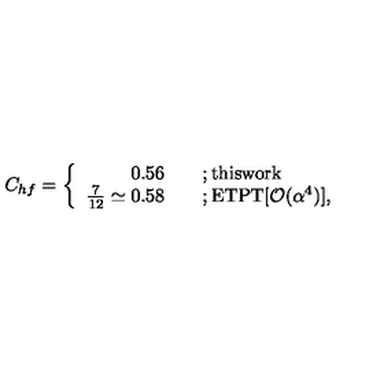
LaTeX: C _ { h f } = \left\{ \begin{array} { r l } { 0 . 5 6 \quad } & { ; \mathrm { t h i s w o r k } } \\ { \frac { 7 } { 1 2 } \simeq 0 . 5 8 \quad } & { ; \mathrm { E T P T [ { \cal O } ( \alpha ^ 4 ) ] } , } \\ \end{array} \right.